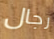
رجال